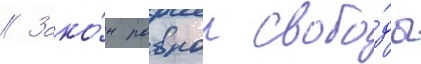
// Зако́н равнои свобо́ды